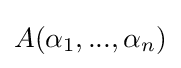
A(\alpha _{1},...,\alpha _{n})